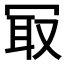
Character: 冣